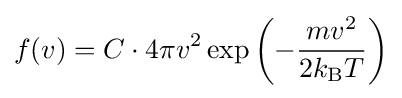
f(v)=C\cdot 4\pi v^{2}\exp \left(-{\frac {mv^{2}}{2k_{\text{B}}T}}\right)